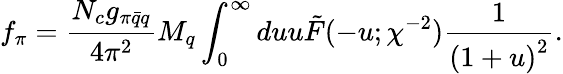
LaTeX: f_{\pi}=\frac{N_{c}g_{\pi\bar{q}q}}{4\pi^{2}}M_{q}\int_{0}^{\infty}duu\tilde{F}(-u;\chi^{-2})\frac{1}{\left(1+u\right)^{2}}.